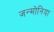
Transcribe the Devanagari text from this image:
जन्मोनिया